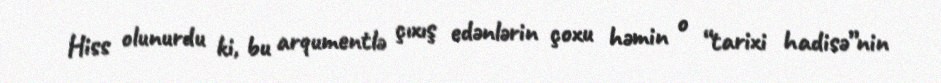
Hiss olunurdu ki, bu arqumentlə çıxış edənlərin çoxu həmin o “tarixi hadisə”nin